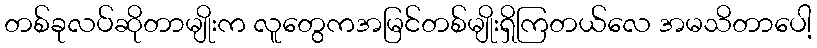
တစ်ခုလပ်ဆိုတာမျိုးက လူတွေကအမြင်တစ်မျိုးရှိကြတယ်လေ အမသိတာပေါ့